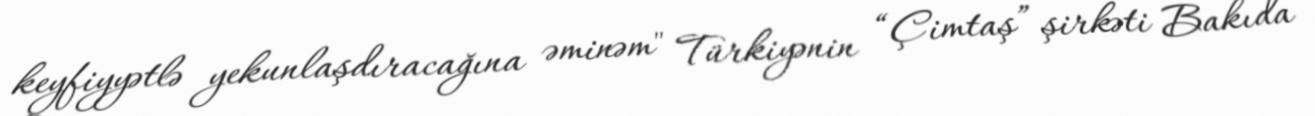
keyfiyyətlə yekunlaşdıracağına əminəm" Türkiyənin “Çimtaş” şirkəti Bakıda